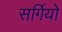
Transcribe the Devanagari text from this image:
सर्गियो